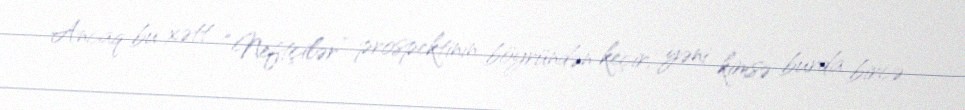
Ancaq bu xətt “Neftçilər” prospektinin böyründən keçir, yəni kimsə burda bircə